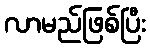
လာမည်ဖြစ်ပြီး